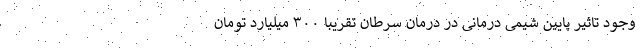
وجود تاثیر پایین شیمی درمانی در درمان سرطان تقریبا ۳۰۰ میلیارد تومان